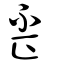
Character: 歪